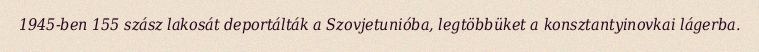
1945-ben 155 szász lakosát deportálták a Szovjetunióba, legtöbbüket a konsztantyinovkai lágerba.